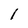
Character: 1